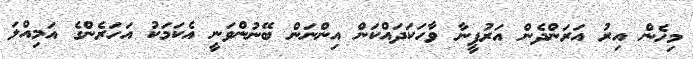
މިހެން އިރު އަރަންދެން އަރުފީނާ ވާހަކަދައްކަން އިންނަން ބޭނުންވަނީ އެކަމަކު އަހަރެންގެ އަމިއްލަ